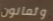
وثمانون